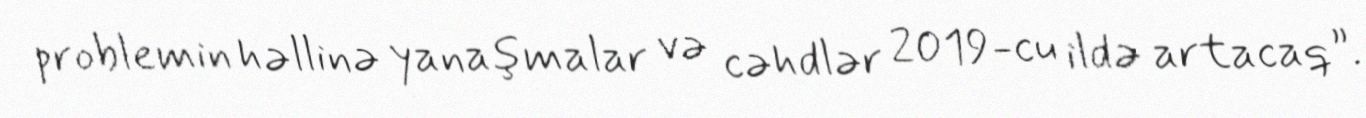
problemin həllinə yanaşmalar və cəhdlər 2019-cu ildə artacaq”.